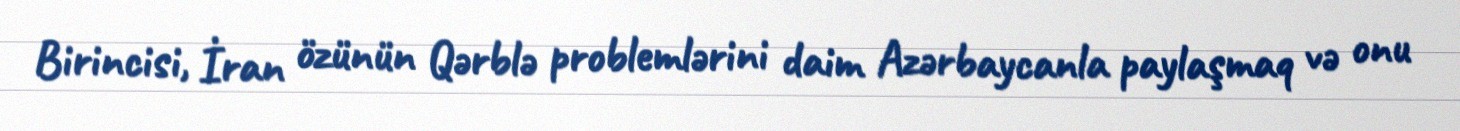
Birincisi, İran özünün Qərblə problemlərini daim Azərbaycanla paylaşmaq və onu